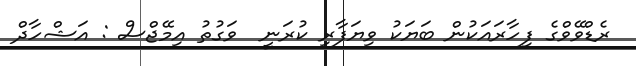
ރެޑްވޭވްގެ ފިހާރައަކުން ބަޔަކު ވިޔަފާރި ކުރަނީ  ވަގުތު އިމޭޖްސް : އަޝްހާދް